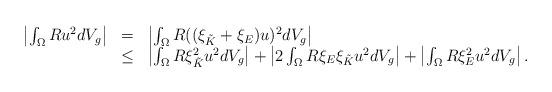
LaTeX: \begin{align*}\begin{array}{ccl} \left\vert \int_\Omega Ru^2dV_g\right\vert & = &\left\vert \int_\Omega R((\xi_{\tilde K}+\xi_E)u)^2dV_g\right\vert \\ & \leq & \left\vert \int_\Omega R\xi_{\tilde K}^2u^2dV_g\right\vert+\left\vert 2\int_\Omega R\xi_E\xi_{\tilde K}u^2dV_g\right\vert+\left\vert \int_\Omega R\xi_E^2u^2dV_g\right\vert.\end{array}\end{align*}